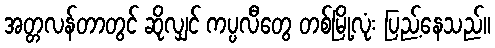
အတ္တလန်တာတွင် ဆိုလျှင် ကပ္ပလီတွေ တစ်မြို့လုံး ပြည့်နေသည်။